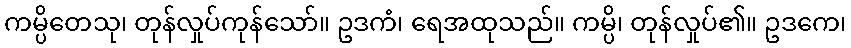
ကမ္ပိတေသု၊ တုန်လှုပ်ကုန်သော်။ ဥဒကံ၊ ရေအထုသည်။ ကမ္ပိ၊ တုန်လှုပ်၏။ ဥဒကေ၊